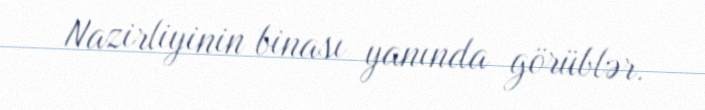
Nazirliyinin binası yanında görüblər.